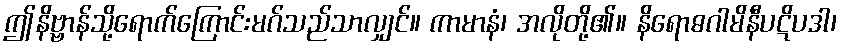
ဤနိဗ္ဗာန်သို့ရောက်ကြောင်းမဂ်သည်သာလျှင်။ ကာမာနံ၊ အလိုတို့၏။ နိရောဓဂါမိနီပဋိပဒါ၊